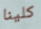
كلينا